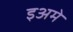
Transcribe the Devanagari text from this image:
इअमे